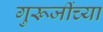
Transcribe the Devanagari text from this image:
गुरूजींच्या